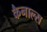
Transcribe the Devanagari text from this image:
कैनाल्स